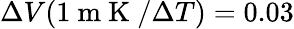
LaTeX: \Delta V(1\mathrm{~m~K~}/\Delta T)=0.03